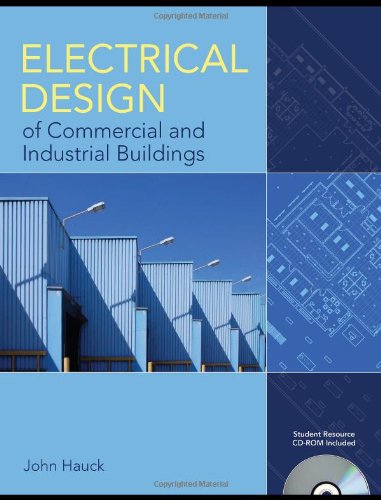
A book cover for Electrical Design Of Commercial And Industrial Buildings; John Hauck; Science & Math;